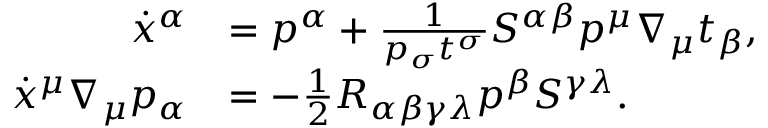
\begin{array} { r l } { \dot { x } ^ { \alpha } } & { = p ^ { \alpha } + \frac { 1 } { p _ { \sigma } t ^ { \sigma } } S ^ { \alpha \beta } p ^ { \mu } \nabla _ { \mu } t _ { \beta } , } \\ { \dot { x } ^ { \mu } \nabla _ { \mu } p _ { \alpha } } & { = - \frac { 1 } { 2 } R _ { \alpha \beta \gamma \lambda } p ^ { \beta } S ^ { \gamma \lambda } . } \end{array}